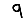
Digit: 9